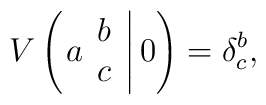
V\left( \left. a \begin{array}{c} b \\ c \end{array} \right| 0 \right)=\delta_c^b ,